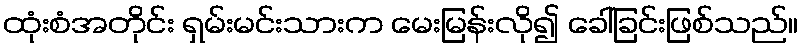
ထုံးစံအတိုင်း ရှမ်းမင်းသားက မေးမြန်းလို၍ ခေါ်ခြင်းဖြစ်သည်။